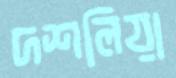
দশলিয়া